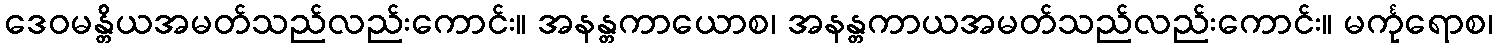
ဒေဝမန္တိယအမတ်သည်လည်းကောင်း။ အနန္တကာယောစ၊ အနန္တကာယအမတ်သည်လည်းကောင်း။ မင်္ကုရောစ၊